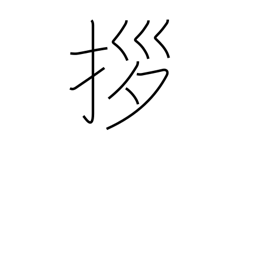
Meaning: draw close